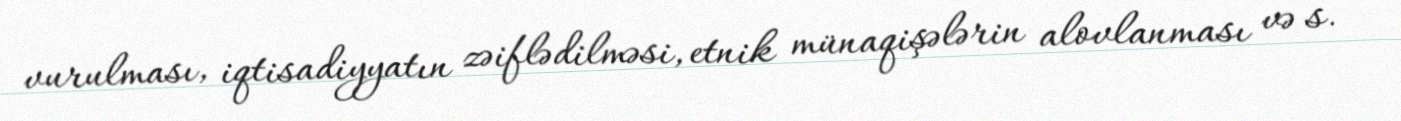
vurulması, iqtisadiyyatın zəiflədilməsi, etnik münaqişələrin alovlanması və s.